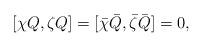
LaTeX: \begin{align*}[\chi Q,\zeta Q] = [\bar{\chi} \bar{Q},\bar{\zeta} \bar{Q}] = 0,\end{align*}